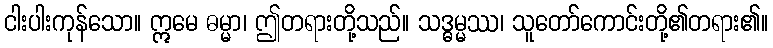
ငါးပါးကုန်သော။ ဣမေ ဓမ္မာ၊ ဤတရားတို့သည်။ သဒ္ဓမ္မဿ၊ သူတော်ကောင်းတို့၏တရား၏။